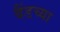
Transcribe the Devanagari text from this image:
बैंडच्या